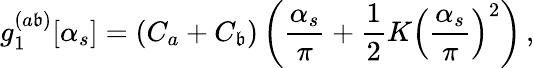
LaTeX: g_{1}^{(a\mathfrak{b})}[\alpha_{s}]=(C_{a}+C_{\mathfrak{b}})\left(\frac{{\alpha_{s}}}{{\pi}}+\frac{{1}}{{2}}K\left(\frac{{\alpha_{s}}}{{\pi}}\right)^{2}\right)\, ,